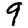
Digit: 9